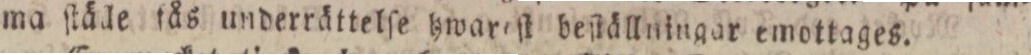
ma ſtåde fås underrättelſe hwareſt beſtällningar emottages.